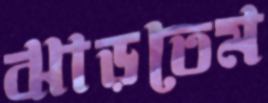
ঝাড়তেম